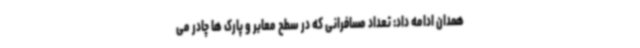
همدان ادامه داد: تعداد مسافرانی که در سطح معابر و پارک ها چادر می